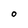
Character: O